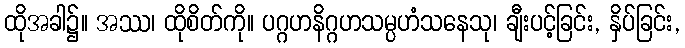
ထိုအခါ၌။ အဿ၊ ထိုစိတ်ကို။ ပဂ္ဂဟနိဂ္ဂဟသမ္ပဟံသနေသု၊ ချီးပင့်ခြင်း, နှိပ်ခြင်း,